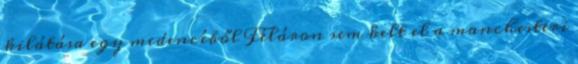
kilátása egy medencéből Féláron sem kelt el a manchesteri